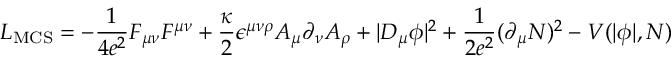
{ \cal L } _ { \mathrm { M C S } } = - \frac { 1 } { 4 e ^ { 2 } } F _ { \mu \nu } F ^ { \mu \nu } + \frac { \kappa } { 2 } \epsilon ^ { \mu \nu \rho } A _ { \mu } \partial _ { \nu } A _ { \rho } + | D _ { \mu } \phi | ^ { 2 } + \frac { 1 } { 2 e ^ { 2 } } ( \partial _ { \mu } { \cal N } ) ^ { 2 } - V ( | \phi | , { \cal N } )